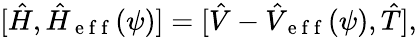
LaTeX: \lbrack\hat{H},\hat{H}_{\mathrm{~e~f~f~}}(\psi)]=[\hat{V}-\hat{V}_{\mathrm{~e~f~f~}}(\psi),\hat{T}],